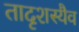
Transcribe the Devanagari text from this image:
तादृशस्यैव